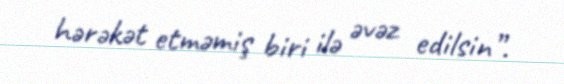
hərəkət etməmiş biri ilə əvəz edilsin”.